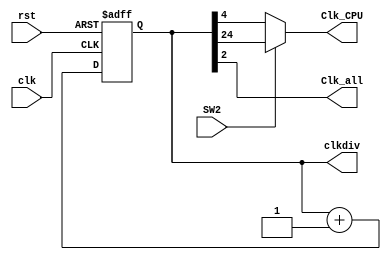
`timescale 1ns / 1ps
module clk_div(input clk,
					input rst,
					input SW2,
					output reg[31:0]clkdiv,
					output Clk_CPU,
					output Clk_all
					);
					
// Clock divider-


	always @ (posedge clk or posedge rst) begin 
		if (rst) clkdiv <= 0; else clkdiv <= clkdiv + 1'b1; end
		
	assign Clk_CPU=(SW2)? clkdiv[24] : clkdiv[4];
	assign Clk_all = clkdiv[2];
endmodule